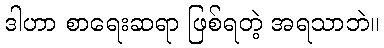
ဒါဟာ စာရေးဆရာ ဖြစ်ရတဲ့ အရသာဘဲ။